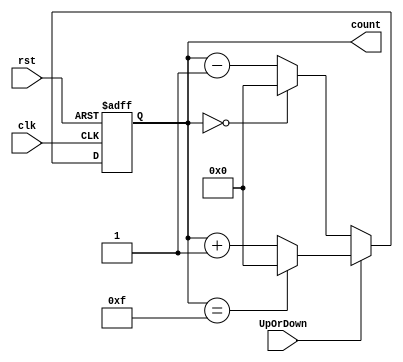
module async (
    input clk, rst, UpOrDown, output [3:0] count
);
    reg [3:0] count=0;
    always @(posedge clk or posedge rst) begin
        if(rst == 1)
          count <= 0;
        else
          if(UpOrDown == 1)
                if(count == 15)
                  count <= 0;
                else
                 count <= count+1;
            else 
                if(count == 0)
                   count <= 0;
                else
                   count <= count-1;
    end
endmodule